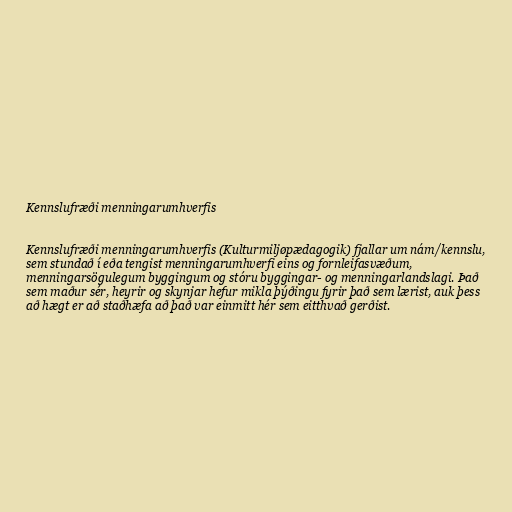
Kennslufræði menningarumhverfis

Kennslufræði menningarumhverfis (Kulturmiljøpædagogik) fjallar um nám/kennslu,
sem stundað í eða tengist menningarumhverfi eins og fornleifasvæðum,
menningarsögulegum byggingum og stóru byggingar- og menningarlandslagi. Það
sem maður sér, heyrir og skynjar hefur mikla þýðingu fyrir það sem lærist, auk þess
að hægt er að staðhæfa að það var einmitt hér sem eitthvað gerðist.